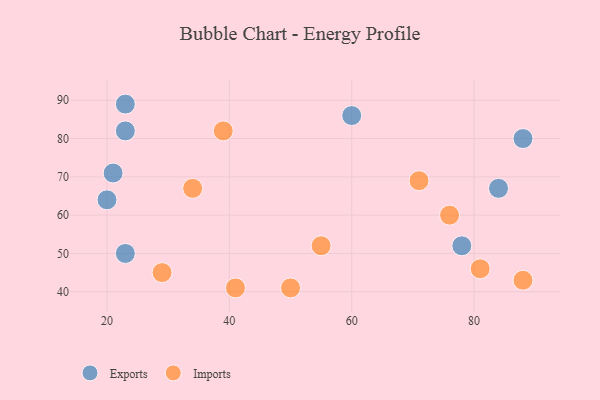
{"axis": {"x": "GDP", "y": "Life Expectancy"}, "legend": ["Exports", "Imports"], "data": [{"x": "21", "y": 71, "type": "Exports"}, {"x": "84", "y": 67, "type": "Exports"}, {"x": "23", "y": 82, "type": "Exports"}, {"x": "20", "y": 64, "type": "Exports"}, {"x": "88", "y": 80, "type": "Exports"}, {"x": "23", "y": 50, "type": "Exports"}, {"x": "23", "y": 89, "type": "Exports"}, {"x": "60", "y": 86, "type": "Exports"}, {"x": "78", "y": 52, "type": "Exports"}, {"x": "34", "y": 67, "type": "Imports"}, {"x": "55", "y": 52, "type": "Imports"}, {"x": "71", "y": 69, "type": "Imports"}, {"x": "39", "y": 82, "type": "Imports"}, {"x": "88", "y": 43, "type": "Imports"}, {"x": "41", "y": 41, "type": "Imports"}, {"x": "76", "y": 60, "type": "Imports"}, {"x": "29", "y": 45, "type": "Imports"}, {"x": "81", "y": 46, "type": "Imports"}, {"x": "50", "y": 41, "type": "Imports"}]}